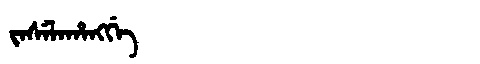
Manchu: ᠵᠠᠰᡝᠯᠠᡥᠠᠩᡤᡝ
Romanization: JASELAHANGGE